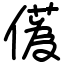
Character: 儰